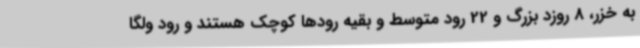
به خزر، 8 روزد بزرگ و 22 رود متوسط و بقیه رودها کوچک هستند و رود ولگا